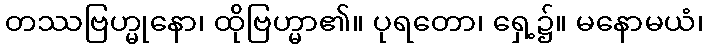
တဿဗြဟ္မုနော၊ ထိုဗြဟ္မာ၏။ ပုရတော၊ ရှေ့၌။ မနောမယံ၊